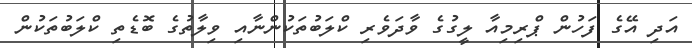
އަދި އޭގެ ފަހުން ޕްރިމިއާ ލީގުގެ ވާދަވެރި ކްލަބުތަކުންނާއި ވިލާތުގެ ބޮޑެތި ކްލަބުތަކުން